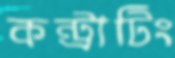
কন্ট্রাটিং